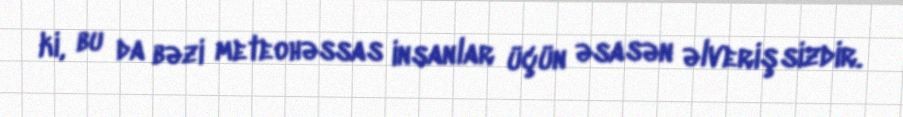
ki, bu da bəzi meteohəssas insanlar üçün əsasən əlverişsizdir.